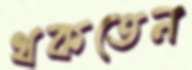
থকতেন